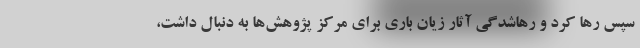
سپس رها کرد و رهاشدگی آثار زیان باری برای مرکز پژوهش‌ها به دنبال داشت،